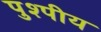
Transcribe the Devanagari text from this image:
पुश्पीय